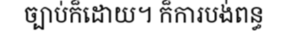
ច្បាប់ក៏ដោយ។ ក៏ការបង់ពន្ធ